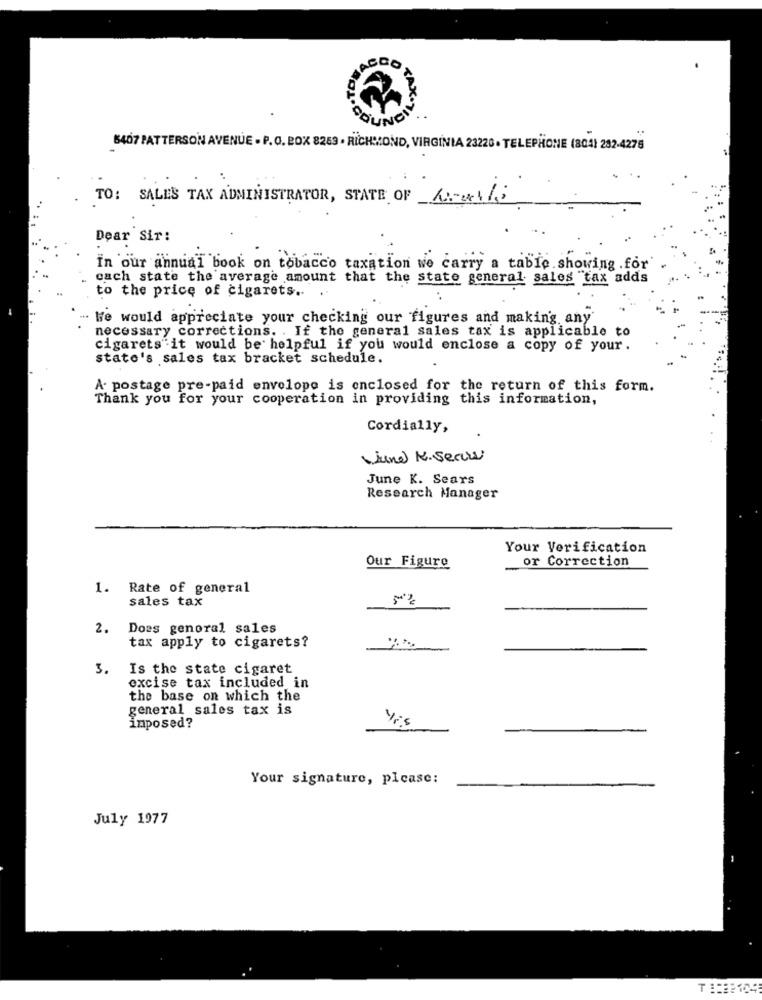
ACCO
ODUNO
6407 PATTERSON AVENUE - P. O. BOX 8263 · RICHMOND, VIRGINIA 23226· TELEPHONE (804) 282-4275
TO: SALES TAX ADMINISTRATOR, STATE OF Nowski
Dear Sir:
In our annual book on tobacco taxation we carry a table. showing .for'
cach state the average amount that the state general sales "tax adds
to the price of cigarets ..
We would appreciate your checking our figures and making any
necessary corrections. . If the general sales tax is applicable to
cigarets"it would be helpful if you would enclose a copy of your.
state's sales tax bracket schedule.
A postage pre-paid envelope is enclosed for the return of this form.
Thank you for your cooperation in providing this information,
Cordially,
(june K. Sears
June K. Sears
Research Manager
Your Verification
or Correction
Our Figure
-
1. Rate of general
sales tax
2.
Does genoral sales
tax apply to cigarets?
3.
Is the state cigaret
excise tax included in
the base on which the
general sales tax is
imposed?
Your signature, please:
July 1977
T :: 32104